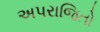
અપરાજિતો